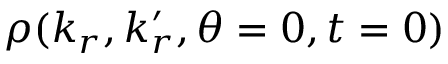
\rho ( k _ { r } , k _ { r } ^ { \prime } , \theta = 0 , t = 0 )